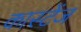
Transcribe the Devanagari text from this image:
कास्टेंज